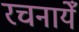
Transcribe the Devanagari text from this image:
रचनायेँ